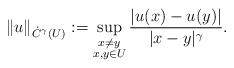
LaTeX: \begin{align*}\| u \|_{\dot C^{\gamma}(U)} := \sup_{\substack{x \ne y \\ x, y \in U}} \frac{|u(x)-u(y)|}{|x-y|^{\gamma}}.\end{align*}